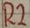
Text: R2